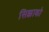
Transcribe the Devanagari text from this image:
सिक्काको